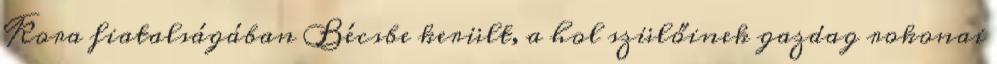
Kora fiatalságában Bécsbe került, a hol szülőinek gazdag rokonai